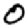
Digit: 0